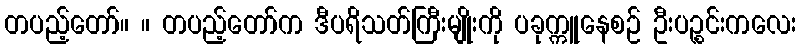
တပည့်တော်။ ။ တပည့်တော်က ဒီပရိသတ်ကြီးမျိုးကို ပခုက္ကူနေစဉ် ဦးပဉ္စင်းကလေး